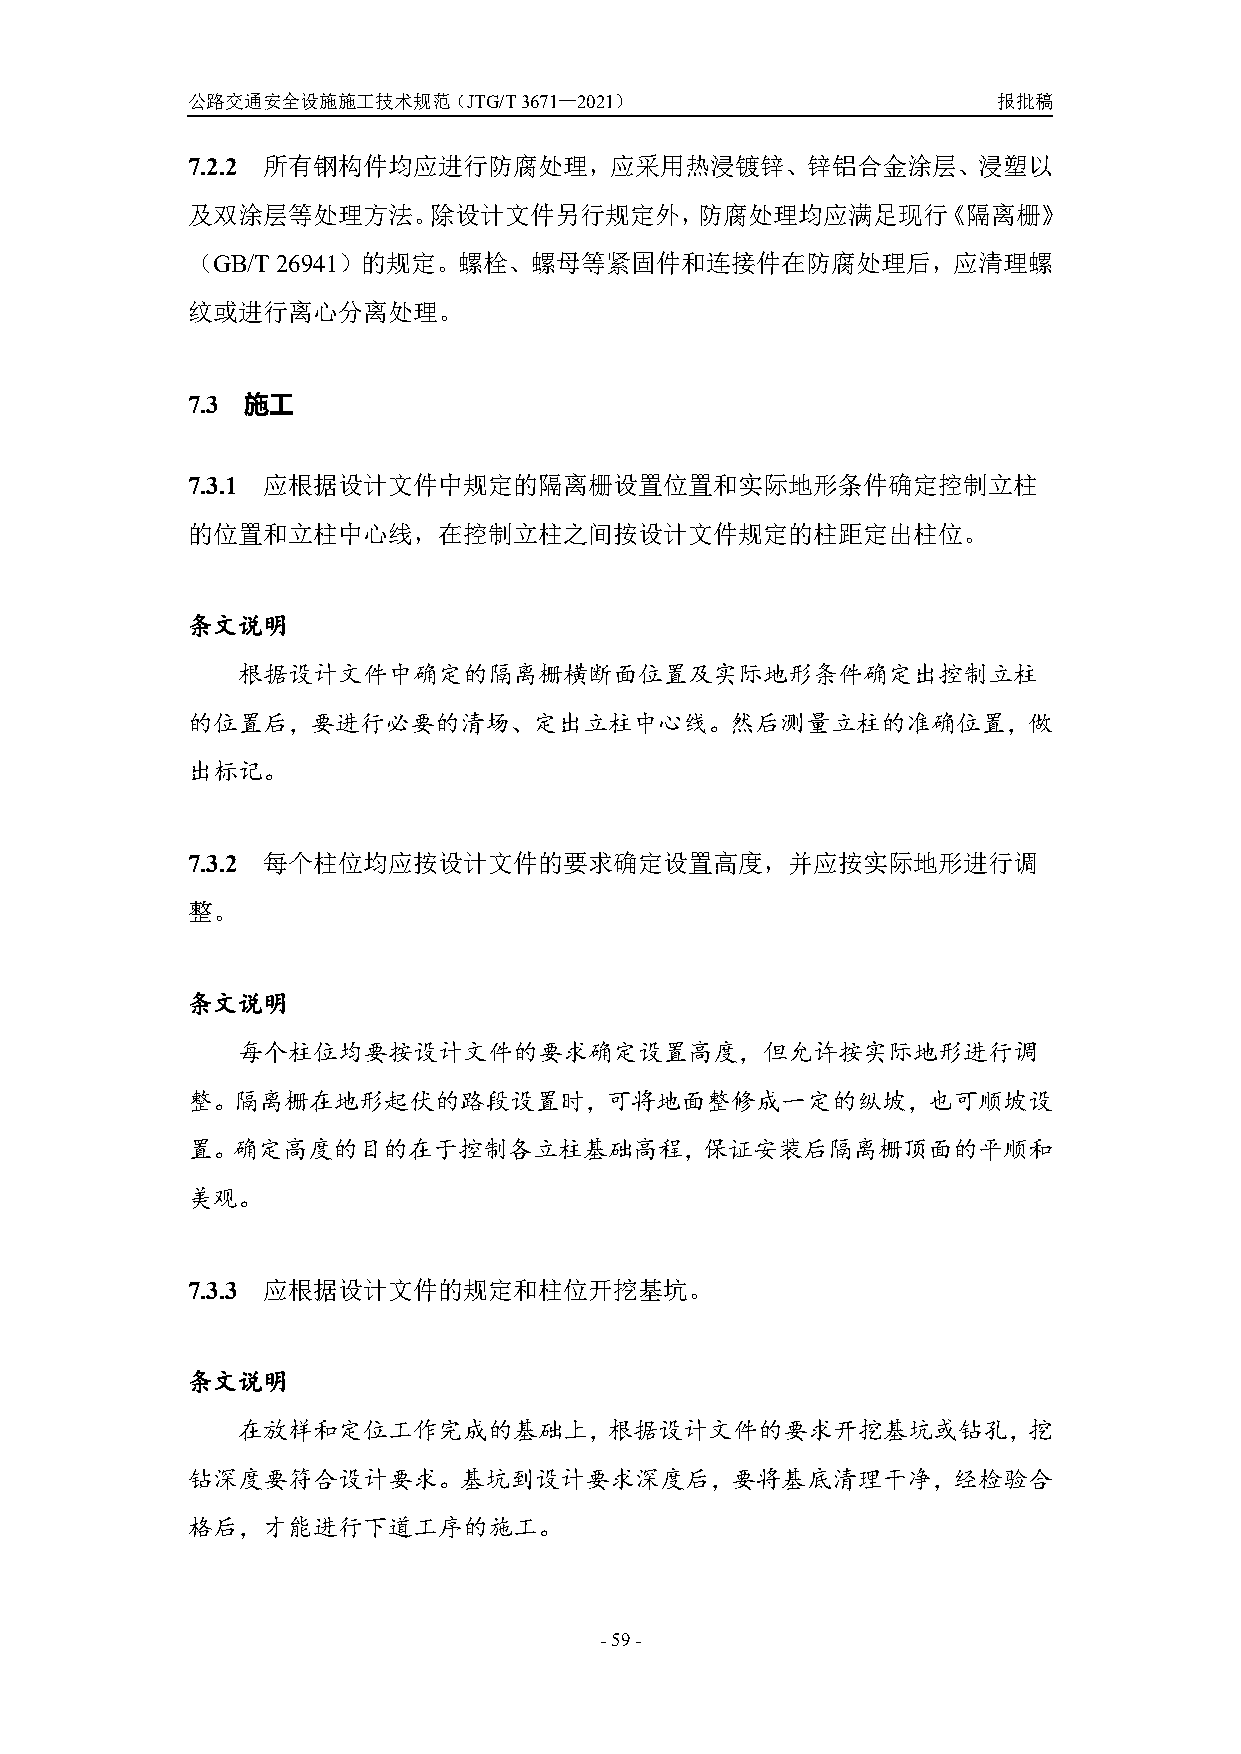
公路交通安全设施施工技术规范（JTG/T3671—2021）                        报批稿
 7.2.2 所有钢构件均应进行防腐处理，应采用热浸镀锌、锌铝合金涂层、浸塑以
 及双涂层等处理方法。除设计文件另行规定外，防腐处理均应满足现行《隔离栅》
 （GB/T 26941）的规定。螺栓、螺母等紧固件和连接件在防腐处理后，应清理螺
 纹或进行离心分离处理。
 7.3 施工
 7.3.1 应根据设计文件中规定的隔离栅设置位置和实际地形条件确定控制立柱
 的位置和立柱中心线，在控制立柱之间按设计文件规定的柱距定出柱位。
 条文说明
 根据设计文件中确定的隔离栅横断面位置及实际地形条件确定出控制立柱
 的位置后，要进行必要的清场、定出立柱中心线。然后测量立柱的准确位置，做
 出标记。
 7.3.2 每个柱位均应按设计文件的要求确定设置高度，并应按实际地形进行调
 整。
 条文说明
 每个柱位均要按设计文件的要求确定设置高度，但允许按实际地形进行调
 整。隔离栅在地形起伏的路段设置时，可将地面整修成一定的纵坡，也可顺坡设
 置。确定高度的目的在于控制各立柱基础高程，保证安装后隔离栅顶面的平顺和
 美观。
 7.3.3 应根据设计文件的规定和柱位开挖基坑。
 条文说明
 在放样和定位工作完成的基础上，根据设计文件的要求开挖基坑或钻孔，挖
 钻深度要符合设计要求。基坑到设计要求深度后，要将基底清理干净，经检验合
 格后，才能进行下道工序的施工。
 -59-